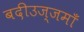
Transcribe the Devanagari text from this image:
बदीउज्जमाँ